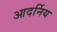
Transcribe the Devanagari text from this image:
आदर्निय